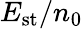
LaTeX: E_{\mathrm{st}}/n_{\mathrm{0}}